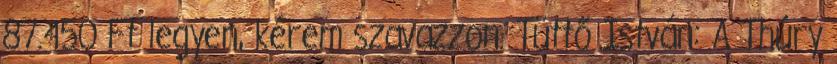
87.450 Ft legyen, kérem szavazzon. Tüttő István: A Thúry